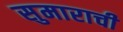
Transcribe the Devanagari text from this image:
सुमाराची